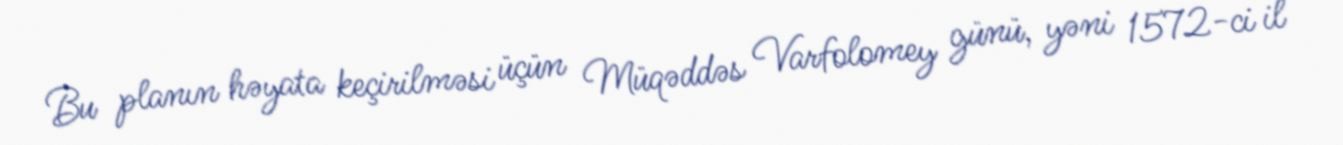
Bu planın həyata keçirilməsi üçün Müqəddəs Varfolomey günü, yəni 1572-ci il